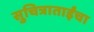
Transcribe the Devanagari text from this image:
सुचित्राताईंचा